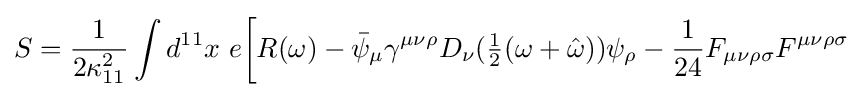
S={\frac {1}{2\kappa _{11}^{2}}}\int d^{11}x\ e{\bigg [}R(\omega )-{\bar {\psi }}_{\mu }\gamma ^{\mu \nu \rho }D_{\nu }({\tfrac {1}{2}}(\omega +{\hat {\omega }}))\psi _{\rho }-{\frac {1}{24}}F_{\mu \nu \rho \sigma }F^{\mu \nu \rho \sigma }